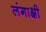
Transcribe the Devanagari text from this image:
लंगाक्षी